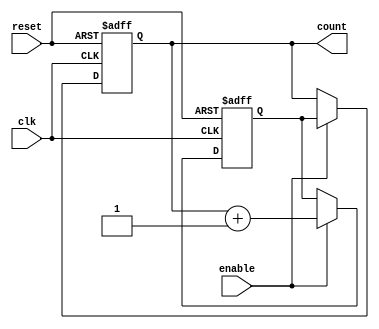
module RingCounterWithEnable (
    input wire clk,
    input wire reset,
    input wire enable,
    output reg [N-1:0] count
);

parameter N = 4; // Number of flip-flops in the ring counter

reg [N-1:0] next_count;

always @ (posedge clk or posedge reset) begin
    if (reset) begin
        count <= 0;
    end else begin
        if (enable) begin
            count <= next_count;
        end
    end
end

always @ (posedge clk or posedge reset) begin
    if (reset) begin
        next_count <= 0;
    end else begin
        if (enable) begin
            next_count <= count + 1; // Ring counter counts up
            // For counting down: next_count <= count - 1;
        end
    end
end

endmodule